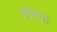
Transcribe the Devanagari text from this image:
ढोराना